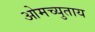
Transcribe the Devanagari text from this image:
ओमच्युताय